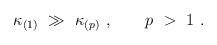
LaTeX: \begin{align*}\kappa_{(1)}\ \gg\ \kappa_{(p)}\ , \qquad p\ >\ 1\ .\end{align*}